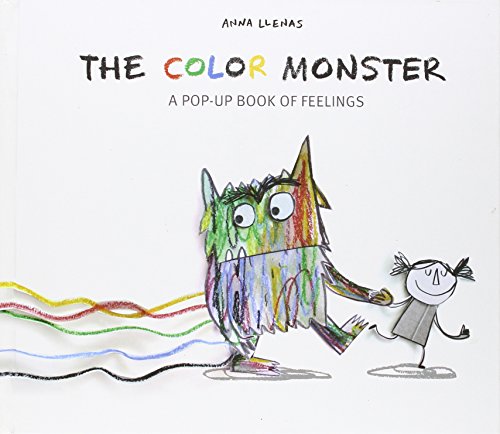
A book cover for The Color Monster: A Pop-Up Book of Feelings; Anna Llenas; Children's Books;